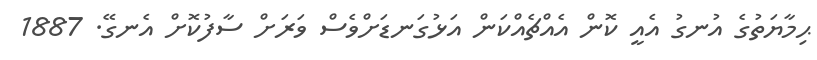
ޙިމާޔަތުގެ އުނގު އެއީ ކޮން އެއްޗެއްކަން އަޅުގަނޑަށްވެސް ވަރަށް ސާފުކޮށް އެނގޭ. 1887